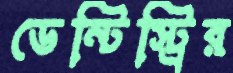
ডেন্টিস্ট্রির